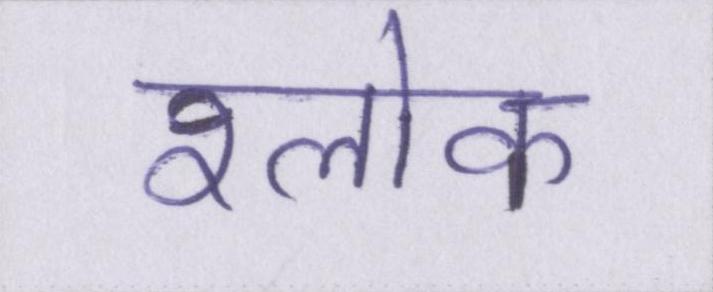
श्लोक